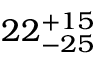
2 2 _ { - 2 5 } ^ { + 1 5 }